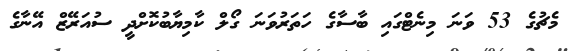
މެޗުގެ 53 ވަނަ މިނެޓްގައި ބާސާގެ ހަތަރުވަނަ ގޯލް ކާމިޔާބުކޮށްދީ ސުއަރޭޒް އޭނާގެ